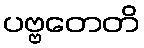
ပဗ္ဗတေတိ